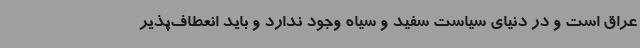
عراق است و در دنیای سیاست سفید و سیاه وجود ندارد و باید انعطاف‌پذیر